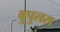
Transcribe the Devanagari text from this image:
बुपुलस